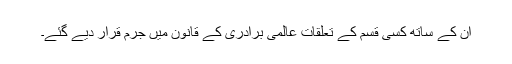
ان کے ساتھ کسی قسم کے تعلقات عالمی برادری کے قانون میں جرم قرار دیے گئے۔